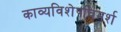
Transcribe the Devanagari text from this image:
काव्यविशेषविमर्श